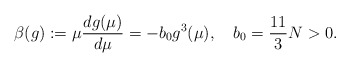
\begin{align*}\beta(g) := \mu {dg(\mu) \over d\mu} = - b_0 g^3(\mu) ,\quad b_0 = {11 \over 3}N > 0 .\end{align*}